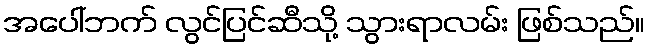
အပေါ်ဘက် လွင်ပြင်ဆီသို့ သွားရာလမ်း ဖြစ်သည်။